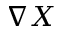
\nabla X